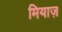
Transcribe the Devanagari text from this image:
मियाज़